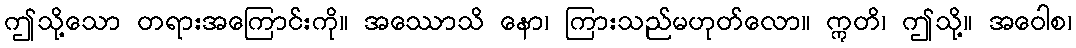
ဤသို့သော တရားအကြောင်းကို။ အဿောသိ နော၊ ကြားသည်မဟုတ်လော။ ဣတိ၊ ဤသို့။ အဝေါစ၊